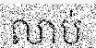
លាប់